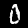
Label: 0